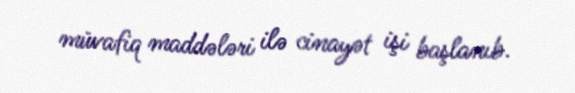
müvafiq maddələri ilə cinayət işi başlanıb.